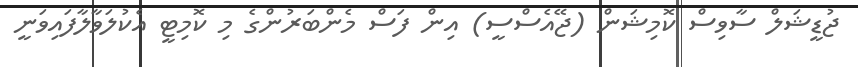
ޖުޑީޝަލް ސާވިސް ކޮމިޝަން (ޖޭއެސްސީ) އިން ފަސް މެންބަރުންގެ މި ކޮމިޓީ އެކުލަވާލާފައިވަނީ